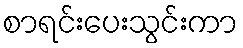
စာရင်းပေးသွင်းကာ